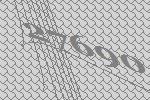
27690